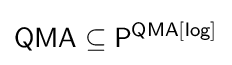
{\mathsf {QMA}}\subseteq {\mathsf {P^{QMA[log]}}}